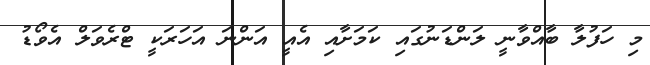
މި ހަފުލާ ބާއްވާނީ ލަންޑަނުގައި ކަމަށާއި އެއީ އަންނަ އަހަރަކީ ޓްރެވަލް އެވޯޑު